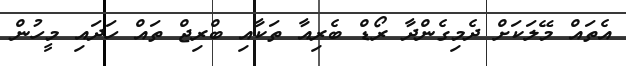
އެތައް މޭލަކަށް ދެމިގެންދާ ރޯޑް ބެރިއާ ތަކާއި ބްރިޖް ތައް ހަދައި މީހުން